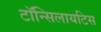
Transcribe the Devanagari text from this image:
टॉन्सिलायटिस